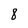
Character: 8